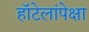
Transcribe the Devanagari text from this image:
हॉटेलांपेक्षा